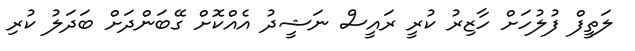
ލަތީފް ފުލުހަށް ހާޒިރު ކުރީ ރައީސް ނަޝީދު އެއްކޮށް ގޭބަންދަށް ބަދަލު ކުރި